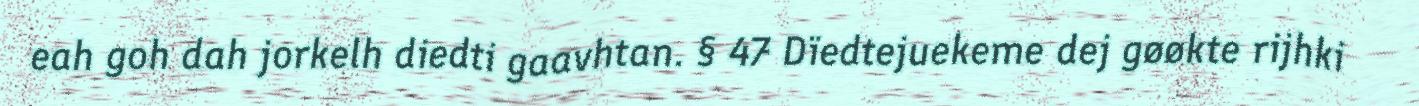
eah goh dah jorkelh diedti gaavhtan. § 47 Dïedtejuekeme dej gøøkte rijhki